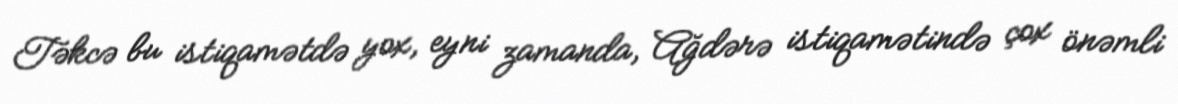
Təkcə bu istiqamətdə yox, eyni zamanda, Ağdərə istiqamətində çox önəmli